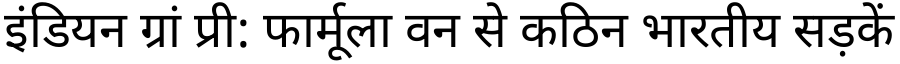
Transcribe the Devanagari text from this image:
इंडियन ग्रां प्री: फार्मूला वन से कठिन भारतीय सड़कें